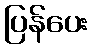
ပြန်ပေး